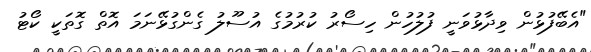
"އެބޭފުޅުން ވިދާޅުވަނީ ފުލުހުން ހިސޯރު ކުރުމުގެ އުސޫލު ގެންގުޅޭނަމަ އޮތް ގޮތަކީ ކޯޓު